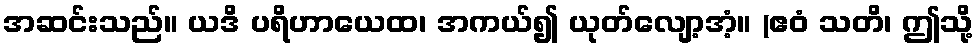
အဆင်းသည်။ ယဒိ ပရိဟာယေထ၊ အကယ်၍ ယုတ်လျော့အံ့။ (ဧဝံ သတိ၊ ဤသို့